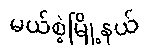
မယ်စဲ့မြို့နယ်